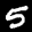
Label: 5